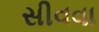
સીવવા